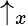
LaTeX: \uparrow_{x}